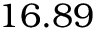
1 6 . 8 9